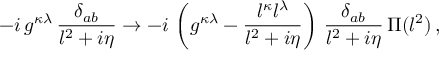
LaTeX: - i \, g ^ { \kappa \lambda } \, \frac { \delta _ { a b } } { l ^ { 2 } + i \eta } \rightarrow - i \, \left( g ^ { \kappa \lambda } - \frac { l ^ { \kappa } l ^ { \lambda } } { l ^ { 2 } + i \eta } \right) \, \frac { \delta _ { a b } } { l ^ { 2 } + i \eta } \, \Pi ( l ^ { 2 } ) \, ,